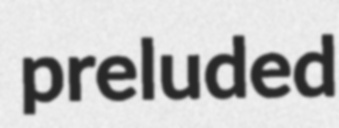
preluded